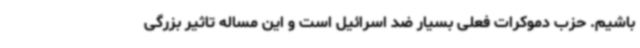
باشیم. حزب دموکرات فعلی بسیار ضد اسرائیل است و این مساله تاثیر بزرگی